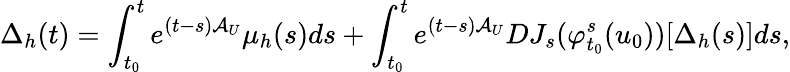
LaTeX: \Delta_{h}(t)=\int_{t_{0}}^{t}e^{(t-s)\mathcal{A}_{U}}\mu_{h}(s)ds+\int_{t_{0}}^{t}e^{(t-s)\mathcal{A}_{U}}DJ_{s}(\varphi_{t_{0}}^{s}(u_{0}))[\Delta_{h}(s)]ds,